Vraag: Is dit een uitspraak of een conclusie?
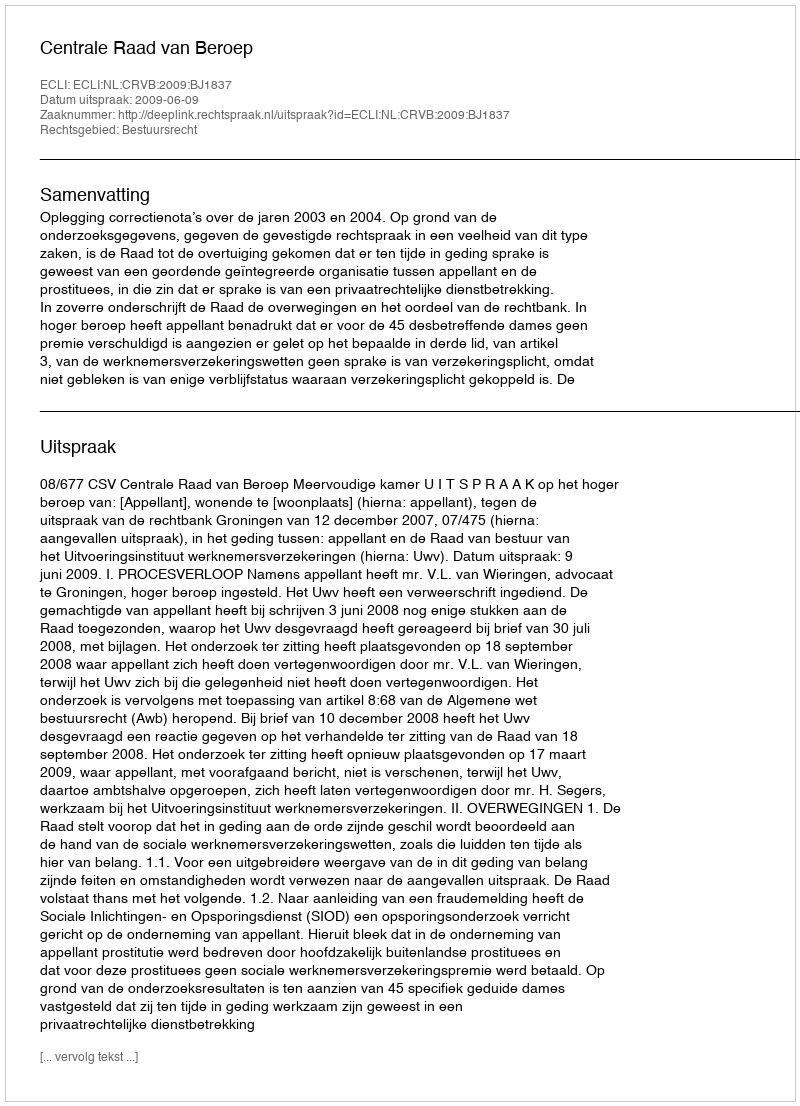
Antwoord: Uitspraak